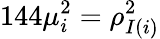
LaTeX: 144\mu_{i}^{2}=\rho_{I(i)}^{2}